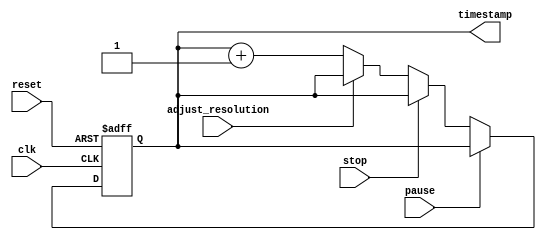
module timer_block (
    input wire clk,
    input wire reset,
    input wire pause,
    input wire stop,
    input wire adjust_resolution,
    output reg [31:0] timestamp
);

reg [31:0] counter;

always @ (posedge clk or posedge reset) begin
    if (reset)
        counter <= 32'b0;
    else if (pause) begin
        // do nothing, keep the counter value
    end else if (stop) begin
        // do nothing, keep the counter value
    end else if (adjust_resolution) begin
        // adjust timestamp resolution
        // for example, change the increment value of the counter
    end else begin
        counter <= counter + 1;
    end
end

always @ (*) begin
    timestamp = counter;
end

endmodule